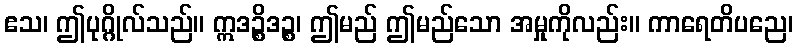
ဧသ၊ ဤပုဂ္ဂိုလ်သည်။ ဣဒဉ္စိဒဉ္စ၊ ဤမည် ဤမည်သော အမှုကိုလည်း။ ကာရေတိပညေ၊